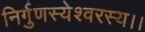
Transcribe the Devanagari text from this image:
निर्गुणस्येश्वरस्य।।